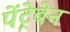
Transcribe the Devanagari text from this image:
पेंट्रेबेन